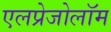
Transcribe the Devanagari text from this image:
एलप्रेजोलॉम